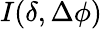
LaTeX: I(\delta,\Delta\phi)